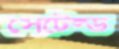
সেটেল্ড